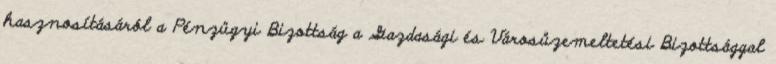
hasznosításáról a Pénzügyi Bizottság a Gazdasági és Városüzemeltetési Bizottsággal